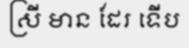
ស្រី មាន ដែរ ទើប